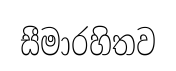
සීමාරහිතව